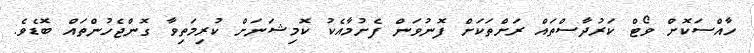
ހާއްސަކޮށް ވޯޓް ކަރުދާސްތައް ރަށްތަކަށް ފޮނުވަން ފެށުމާއެކު ކޮމިޝަނަށް ކުރިމަތިވާ ގޮންޖެހުންތައް ބޮޑެވެ.